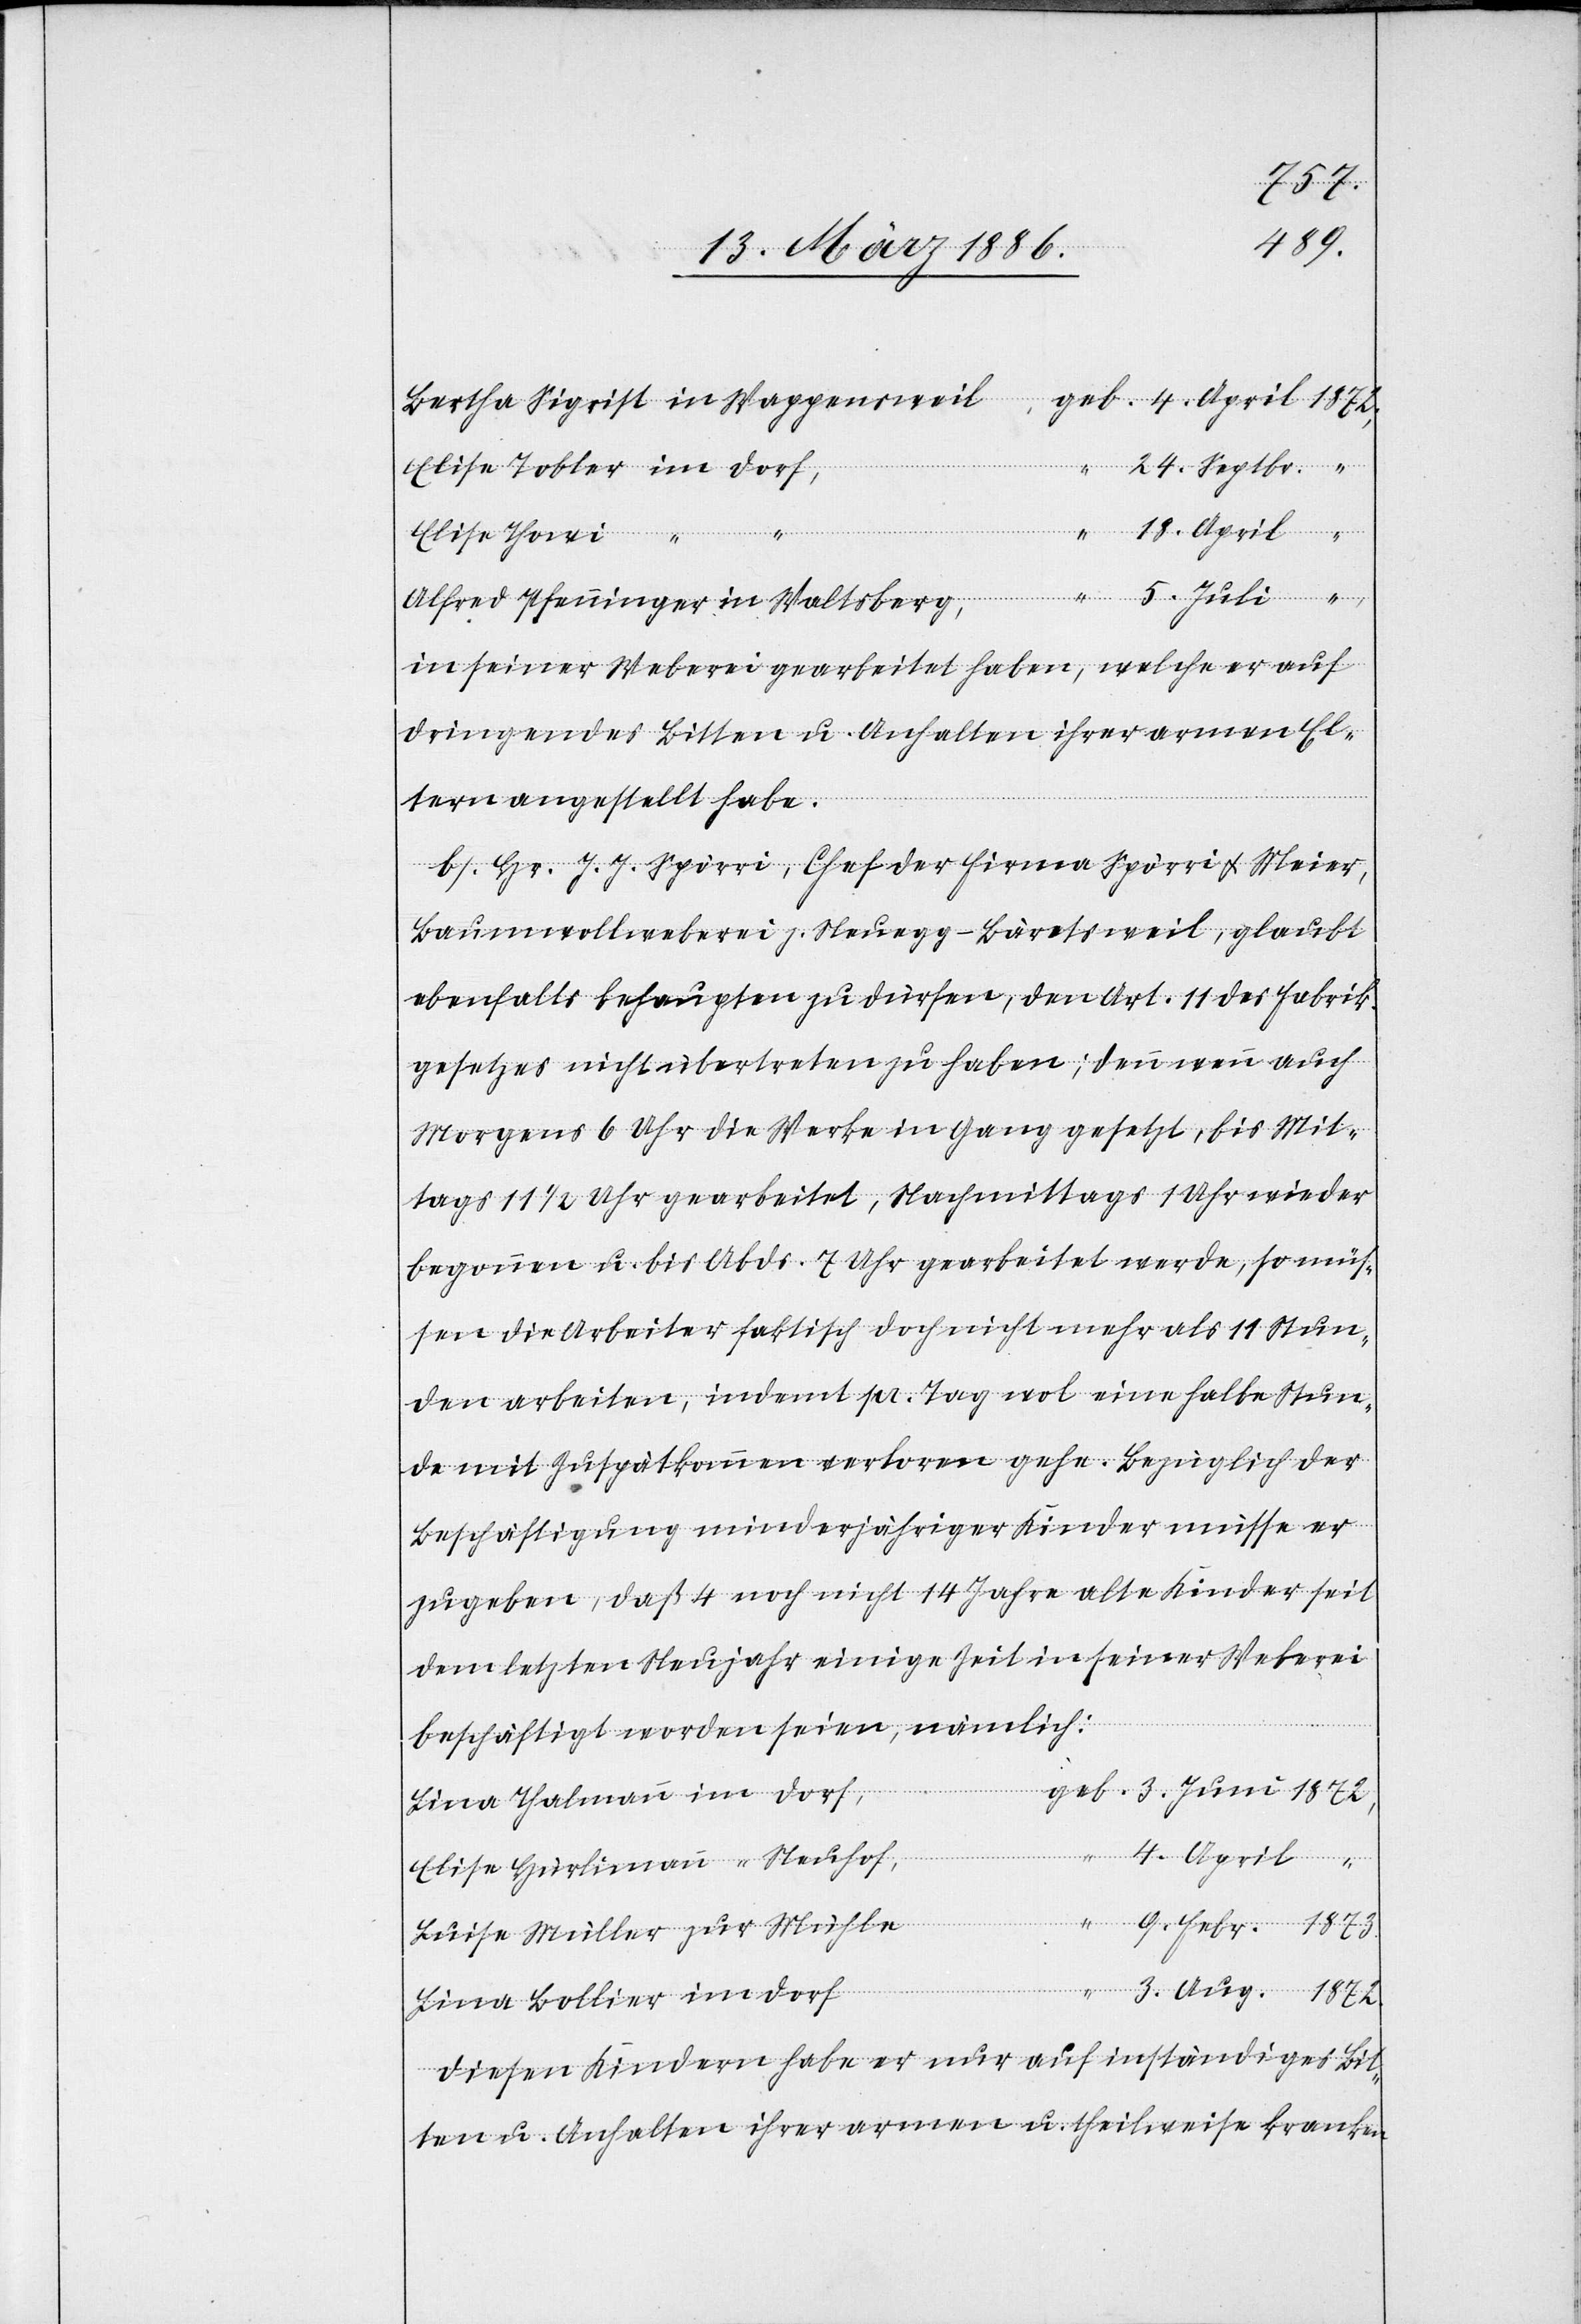
Febr.
1872
24. Septbr.
Elise Tobler im Dorf,
18. April
Elise Thowi “ “
Alfred Pfenninger in Waltsberg,
in seiner Weberei gearbeitet haben, welche er auf
dringendes Bitten u. Anhalten ihrer armen El¬
tern angestellt habe.
b) Hr. J. J. Spörri, Chef der Firma Spörri & Meier,
Baumwollweberei z. Neuegg - Bäretsweil, glaubt
ebenfalls behaupten zu dürfen, den Art. 11 des Fabrik¬
gesetzes nicht übertreten zu haben; denn wenn auch
Morgens 6 Uhr die Werke in Gang gesetzt, bis Mit¬
tags 11 1/2 Uhr gearbeitet, Nachmittags 1 Uhr wieder
begonnen u. bis Abds. 7 Uhr gearbeitet werde, so müs¬
sen die Arbeiter faktisch doch nicht mehr als 11 Stun¬
den arbeiten, indemt [sic!] pr. Tag wol eine halbe Stun¬
de mit Zuspätkommen verloren gehe. Bezüglich der
Beschäftigung minderjähriger Kinder müsse er
zugeben, daß 4 noch nicht 14 Jahre alte Kinder seit
dem letzten Neujahr einige Zeit in seiner Weberei
beschäftigt worden seien, nämlich:
Lina Thalmann im Dorf,
Aug.
4. April
Elise Hürlimann “ Neuhof,
Luise Müller zur Mühle,
Lina Bollier im Dorf
Diesen Kindern habe er nur auf inständiges Bit¬
ten u. Anhalten ihrer armen u. theilweise kranken